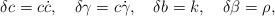
LaTeX: \begin{align*}\delta c = c \dot{c}, \hspace{1em} \delta \gamma = c \dot{\gamma}, \hspace{1em} \delta b = k, \hspace{1em} \delta \beta = \rho,\end{align*}